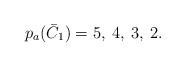
LaTeX: \begin{align*}p_a (\bar{C}_1) = 5,\: 4, \: 3, \: 2. \end{align*}